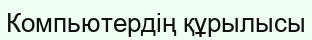
Компьютердің құрылысы